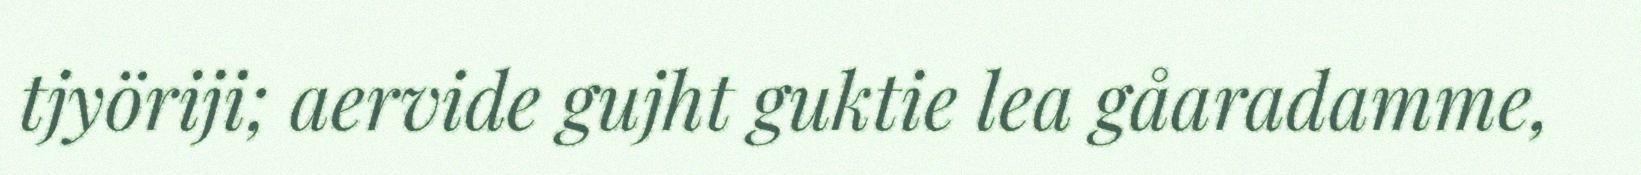
tjyöriji; aervide gujht guktie lea gåaradamme,